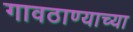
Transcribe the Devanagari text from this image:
गावठाण्याच्या